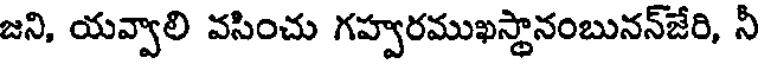
జని, యవ్వాలి వసించు గహ్వరముఖస్థానంబునన్జేరి, నీ